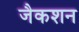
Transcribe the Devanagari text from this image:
जैकशन